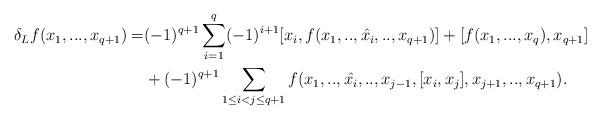
LaTeX: \begin{align*} \delta_Lf(x_1,...,x_{q+1})=&(-1)^{q+1}\sum_{i=1}^q (-1)^{i+1}[x_i,f(x_1,..,\hat{x_i},..,x_{q+1})]+[f(x_1,...,x_q),x_{q+1}]\\ &+(-1)^{q+1}\sum_{1\leq i< j \leq q+1}f(x_1,..,\hat{x_i},..,x_{j-1},[x_i,x_j],x_{j+1},..,x_{q+1}).\end{align*}